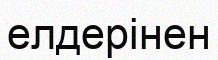
елдерінен